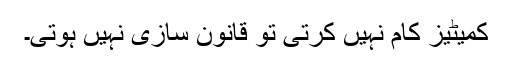
کمیٹیز کام نہیں کرتی تو قانون سازی نہیں ہوتی۔